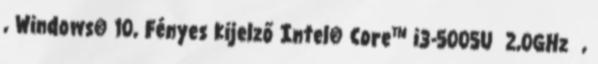
, Windows® 10, Fényes kijelző Intel® Core™ i3-5005U 2,0GHz ,